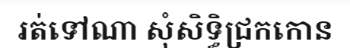
រត់ទៅណា សុំសិទ្ធិជ្រកកោន